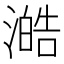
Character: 澔